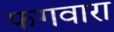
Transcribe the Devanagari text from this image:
फगवारा